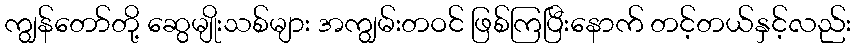
ကျွန်တော်တို့ ဆွေမျိုးသစ်များ အကျွမ်းတဝင် ဖြစ်ကြပြီးနောက် တင့်တယ်နှင့်လည်း